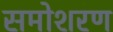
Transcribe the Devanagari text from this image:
समोशरण